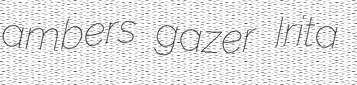
ambers gazer Irita